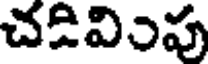
చడివింపు